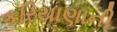
કરિયાણાની